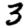
Digit: 3